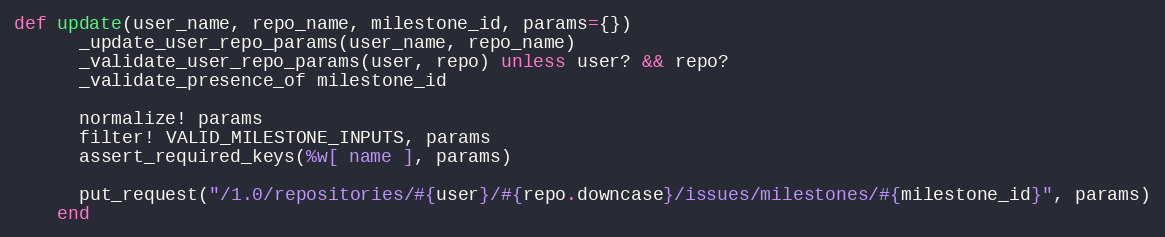
Language: Ruby
def update(user_name, repo_name, milestone_id, params={})
      _update_user_repo_params(user_name, repo_name)
      _validate_user_repo_params(user, repo) unless user? && repo?
      _validate_presence_of milestone_id

      normalize! params
      filter! VALID_MILESTONE_INPUTS, params
      assert_required_keys(%w[ name ], params)

      put_request("/1.0/repositories/#{user}/#{repo.downcase}/issues/milestones/#{milestone_id}", params)
    end